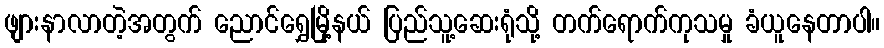
ဖျားနာလာတဲ့အတွက် ညောင်ရွှေမြို့နယ် ပြည်သူ့ဆေးရုံသို့ တက်ရောက်ကုသမှု ခံယူနေတာပါ။